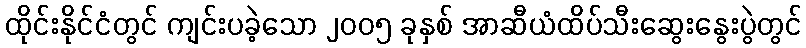
ထိုင်းနိုင်ငံတွင် ကျင်းပခဲ့သော ၂၀၀၅ ခုနှစ် အာဆီယံထိပ်သီးဆွေးနွေးပွဲတွင်